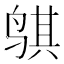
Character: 𬸒